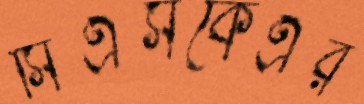
সিএসকেএর